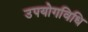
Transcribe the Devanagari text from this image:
उपयोगविधि